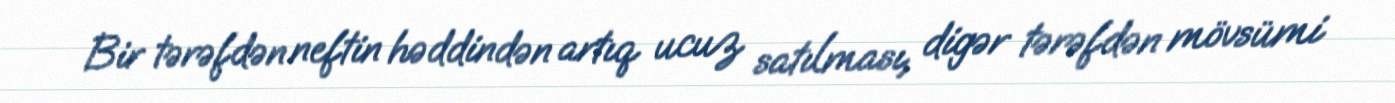
Bir tərəfdən neftin həddindən artıq ucuz satılması, digər tərəfdən mövsümi